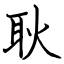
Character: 耿